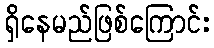
ရှိနေမည်ဖြစ်ကြောင်း